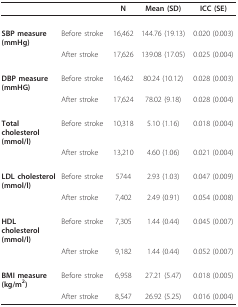
|  |  | N | Mean (SD) | ICC (SE) |
 | --- | --- | --- | --- | --- |
 | SBP measure(mmHg) | Before stroke | 16,462 | 144.76(19.13) | 0.020 (0.003) |
 |  | After stroke | 17,626 | 139.08(17.05) | 0.025 (0.004) |
 | DBP measure(mmHG) | Before stroke | 16,462 | 80.24(10.12) | 0.028 (0.003) |
 |  | After stroke | 17,624 | 78.02 (9.18) | 0.028 (0.004) |
 | Total cholesterol(mmol/l) | Before stroke | 10,318 | 5.10(1.16) | 0.018 (0.004) |
 |  | After stroke | 13,210 | 4.60(1.06) | 0.021 (0.004) |
 | LDL cholesterol(mmol/l) | Before stroke | 5744 | 2.93(1.03) | 0.047 (0.009) |
 |  | After stroke | 7,402 | 2.49(0.91) | 0.054 (0.008) |
 | HDL cholesterol(mmol/l) | Before stroke | 7,305 | 1.44(0.44) | 0.045 (0.007) |
 |  | After stroke | 9,182 | 1.44(0.44) | 0.052 (0.007) |
 | BMI measure(kg/m2) | Before stroke | 6,958 | 27.21(5.47) | 0.018 (0.005) |
 |  | After stroke | 8,547 | 26.92(5.25) | 0.016 (0.004) |